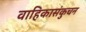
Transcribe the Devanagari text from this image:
वाहिकासंकुचन